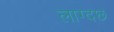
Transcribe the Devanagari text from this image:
लाग्दछ